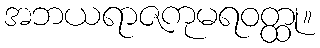
အဘယရာဇကုမရဝတ္ထု။